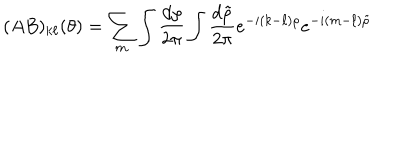
LaTeX: ( A B ) _ { k \ell } ( \theta ) = \sum _ { m } \int { \frac { d \rho } { 2 \pi } } \int { \frac { d \tilde { \rho } } { 2 \pi } } e ^ { - i ( k - \ell ) \rho } e ^ { - i ( m - \ell ) \tilde { \rho } }